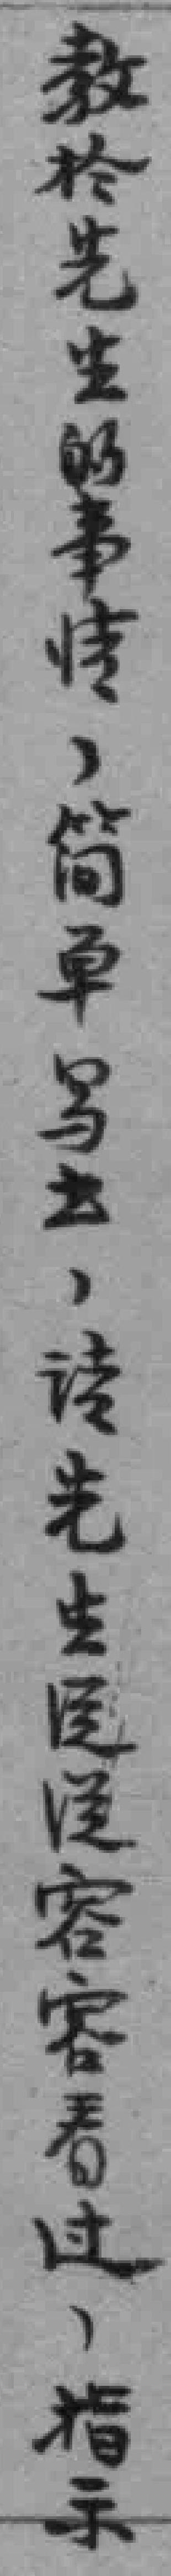
教於先生的事情，简单写出，请先生*容容看过，指示